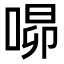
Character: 𭈾